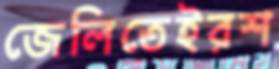
জেলিতেইরশ